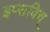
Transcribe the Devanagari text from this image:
इप्सविच्‌